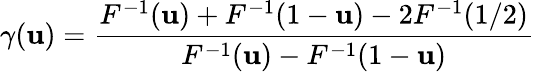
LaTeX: \gamma(\mathbf{u})={\frac{{F^{-1}(\mathbf{u})+F^{-1}(1-\mathbf{u})-2F^{-1}(1/2)}}{{F^{-1}(\mathbf{u})-F^{-1}(1-\mathbf{u})}}}